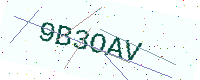
Text: 9B3OAV